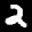
Label: 2